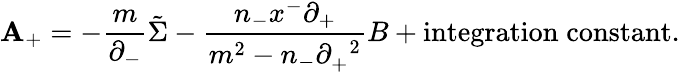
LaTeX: \mathbf{A}_{+}=-\frac{{m}}{{{\partial}_{-}}}\tilde{{\Sigma}}-\frac{{n_{-}x^{-}{\partial}_{+}}}{{m^{2}-n_{-}{\partial}_{+}^{\; \; 2}}}B+\mathrm{{integration\; constant}}.